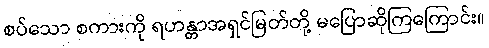
စပ်သော စကားကို ရဟန္တာအရှင်မြတ်တို့ မပြောဆိုကြကြောင်း။